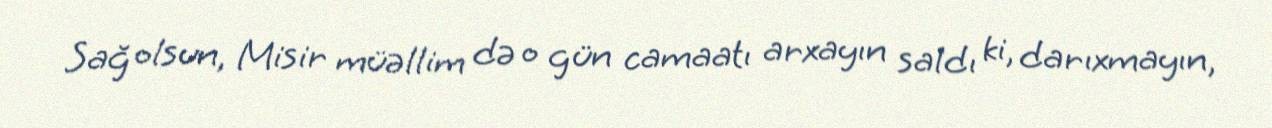
Sağ olsun, Misir müəllim də o gün camaatı arxayın saldı ki, darıxmayın,